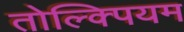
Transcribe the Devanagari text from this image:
तोल्क्पियम